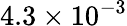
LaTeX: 4.3\times 10^{-3}